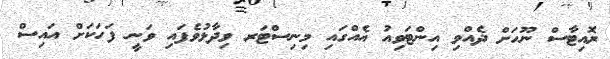
ރޮއިޓާސް ނޫހަށް ދެއްވި އިންޓަވިއު އެއްގައި މިނިސްޓަރ ވިދާޅުވެފައި ވަނީ ފަހަކަށް އައިސް